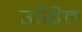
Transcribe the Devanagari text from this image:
उद्धित